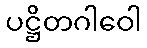
ပဋ္ဌိတဂါဝေါ